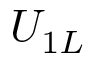
U _ { 1 L }